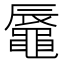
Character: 𪓧